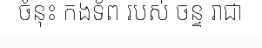
ចំនុះ កងទ័ព របស់ ចន្ទ រាជា